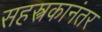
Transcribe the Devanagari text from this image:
सहस्त्रकानंतर